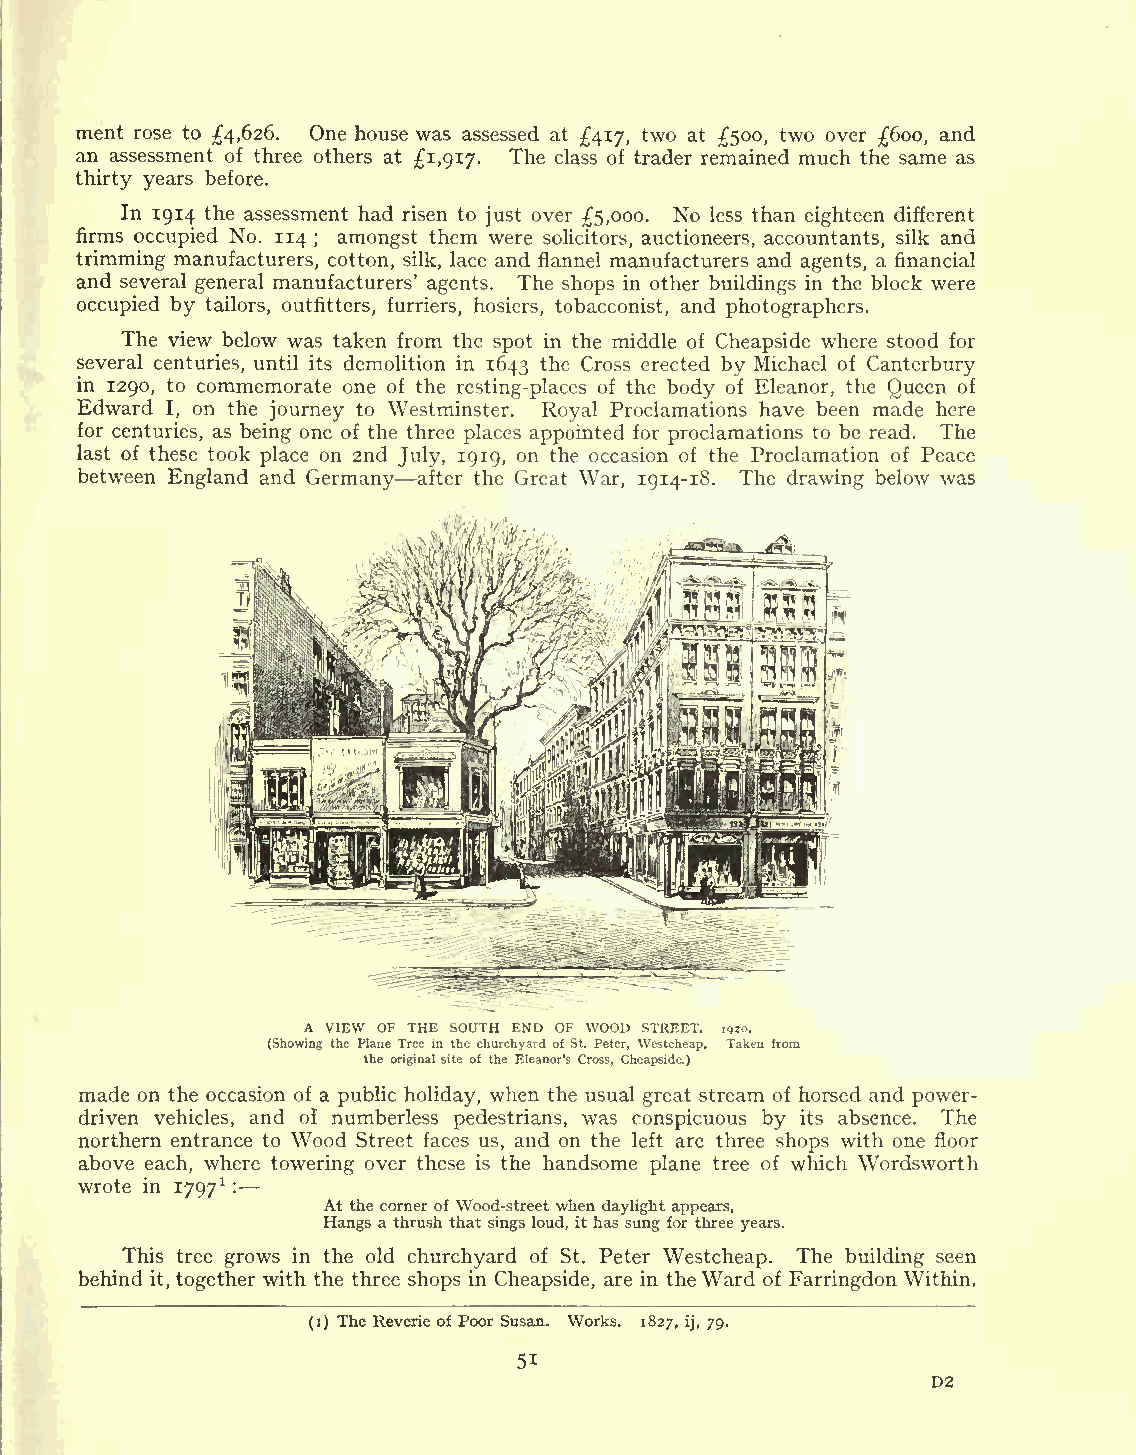
ment rose to 4,626. One house was assessed at 417, two at 500, two over 600, and
 an assessment of three others at 1,917. The class of trader remained much the same as
 thirty years before.
 In 1914 the assessment had risen to just over 5,000. No less than eighteen different
 firms occupied No. 114 ; amongst them were solicitors, auctioneers, accountants, silk and
 trimming manufacturers, cotton, silk, lace and flannel manufacturers and agents, a financial
 and several general manufacturers' agents. The shops in other buildings in the block were
 occupied by tailors, outfitters, furriers, hosiers, tobacconist, and photographers.
 The view below was taken from the spot in the middle of Cheapside where stood for
 several centuries, until its demolition in 1643 the Cross erected by Michael of Canterbury
 in 1290, to commemorate one of the resting-places of the body of Eleanor, the Queen of
 Edward I, on the journey to Westminster. Royal Proclamations have been made here
 for centuries, as being one of the three places appointed for proclamations to be read. The
 last of these took place on 2nd July, 1919, on the occasion of the Proclamation of Peace
 between England and Germany after the Great War, 1914-18. The drawing below was
 A VIEW OF THE SOUTH END OF WOOD STREET.
 (Showing the Plane Tree in the churchyard of St. Peter, Westcheap. Taken from
 the originalsite of the Eleanor's Cross, Cheapside.)
 made on the occasion of a public holiday, when the usual great stream of horsed and power-
 driven vehicles, and of numberless pedestrians, was conspicuous by its absence. The
 northern entrance to Wood Street faces us, and on the left are three shops with one floor
 above each, where towering over these is the handsome plane tree of which Wordsworth
 wrote in 1797*
 :
 At the corner of Wood-street when daylight appears,
 Hangs a thrush that sings loud, it has sung for three years.
 This tree grows in the old churchyard of St. Peter Westcheap. The building seen
 behind it, together with the three shops in Cheapside, are in theWard of Farringdon Within.
 (i) The Reverie of Poor Susan. Works. 1827, ij, 79.
 51
 D2